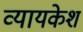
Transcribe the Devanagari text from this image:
व्यायकेश